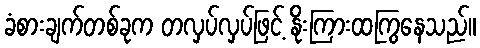
ခံစားချက်တစ်ခုက တလှပ်လှပ်ဖြင့် နိုးကြားထကြွနေသည်။